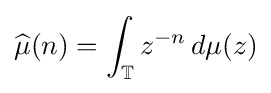
{\widehat {\mu }}(n)=\int _{\mathbb {T} }z^{-n}\,d\mu (z)